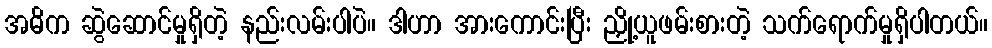
အဓိက ဆွဲဆောင်မှုရှိတဲ့ နည်းလမ်းပါပဲ။ ဒါဟာ အားကောင်းပြီး ညှို့ယူဖမ်းစားတဲ့ သက်ရောက်မှုရှိပါတယ်။